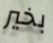
بخير